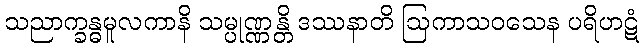
သညာက္ခန္ဓမူလကာနိ သမ္ပုဏ္ဏန္တိ ဒဿနာတိ ဩကာသဝသေန ပရိဟဋံ